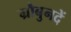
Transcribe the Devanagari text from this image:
ग्रौबुनदें